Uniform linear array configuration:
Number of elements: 32
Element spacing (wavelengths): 0.5
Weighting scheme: binomial
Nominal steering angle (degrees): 15
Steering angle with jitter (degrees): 15.606
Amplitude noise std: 0.05
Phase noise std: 0.05

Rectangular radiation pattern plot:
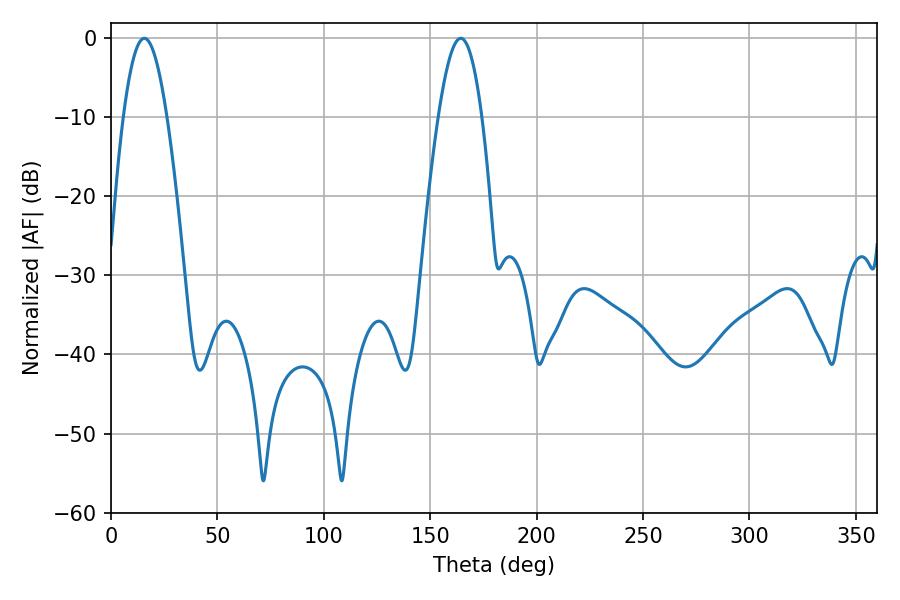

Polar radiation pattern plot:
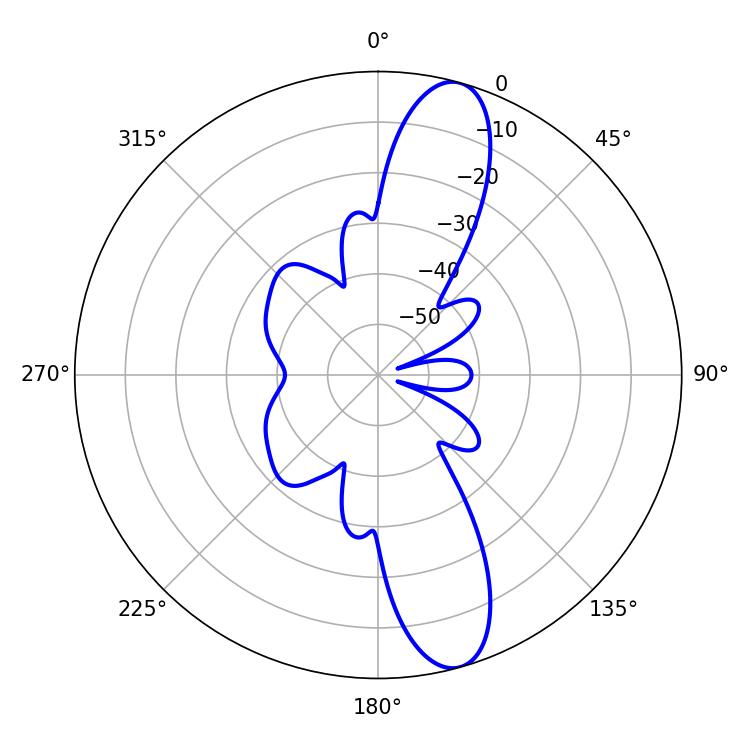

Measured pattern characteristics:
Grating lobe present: FALSE
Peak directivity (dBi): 12.444
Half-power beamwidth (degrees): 10.98
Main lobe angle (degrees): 15.66